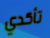
تأكدي